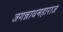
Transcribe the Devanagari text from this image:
जगन्नाथमहाराज